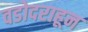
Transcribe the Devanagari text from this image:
वडोदराहून